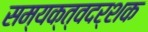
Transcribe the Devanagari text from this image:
सम्यक्त्वदर्शक